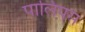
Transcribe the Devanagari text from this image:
पालिपस